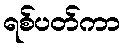
ရစ်ပတ်ကာ